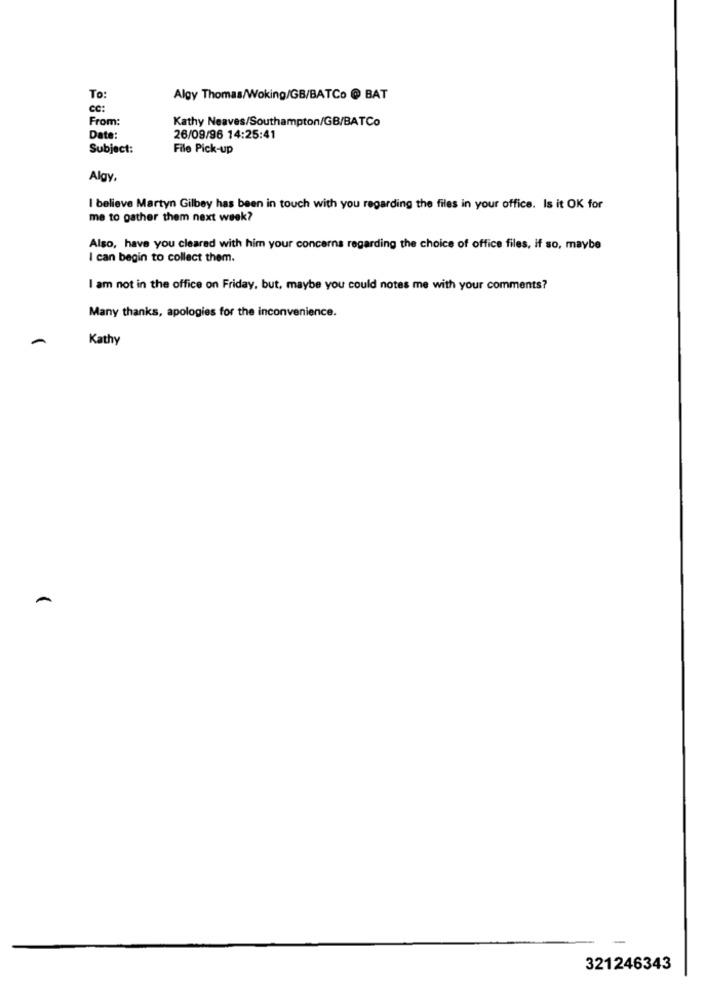
To:
Algy Thomas/Woking/GB/BATCo @ BAT
cc:
From:
Kathy Neaves/Southampton/GB/BATCo
Date:
26/09/96 14:25:41
Subject:
File Pick-up
Algy.
I believe Martyn Gilbey has been in touch with you regarding the files in your office. Is it OK for
me to gather them next week?
Also, have you cleared with him your concerns regarding the choice of office files, if so, maybe
I can begin to collect them.
I am not in the office on Friday, but, maybe you could notes me with your comments?
Many thanks, apologies for the inconvenience.
Kathy
321246343